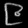
Digit: ၉